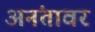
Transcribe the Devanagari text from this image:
अनंतावर